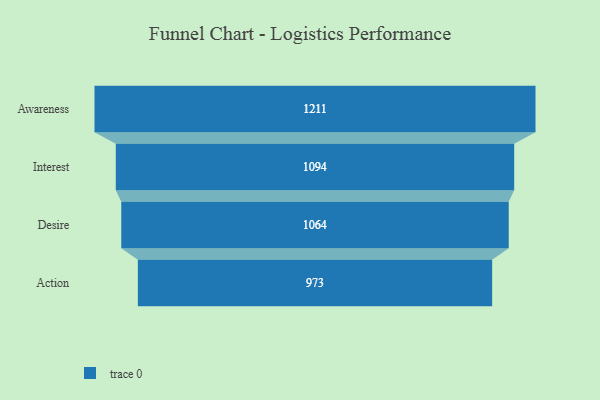
{"axis": {"x": "Stage", "y": "Value"}, "legend": [""], "data": [{"x": "Awareness", "y": 1211.0, "type": ""}, {"x": "Interest", "y": 1094.0, "type": ""}, {"x": "Desire", "y": 1064.0, "type": ""}, {"x": "Action", "y": 973.0, "type": ""}]}